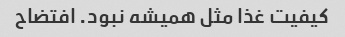
کیفیت غذا مثل همیشه نبود. افتضاح